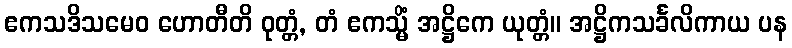
ဧကသဒိသမေဝ ဟောတီတိ ဝုတ္တံ, တံ ဧကသ္မိံ အဋ္ဌိကေ ယုတ္တံ။ အဋ္ဌိကသင်္ခလိကာယ ပန